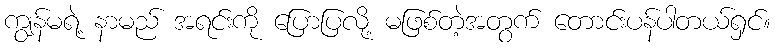
ကျွန်မရဲ့ နာမည် အရင်းကို ပြောပြလို့ မဖြစ်တဲ့အတွက် တောင်းပန်ပါတယ်ရှင်။